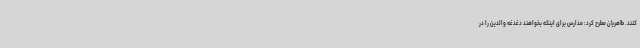
کنند. طاهریان مطرح کرد: مدارس برای اینکه بخواهند دغدغه والدین را در